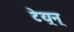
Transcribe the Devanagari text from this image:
टेय्रन्